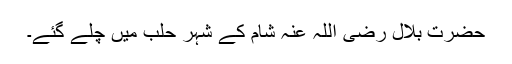
حضرت بلال رضی اللہ عنہ شام کے شہر حلب میں چلے گئے۔